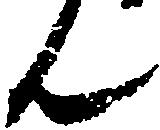
ん